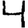
Digit: 4